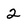
Character: 2